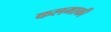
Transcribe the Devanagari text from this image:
कलमाकी